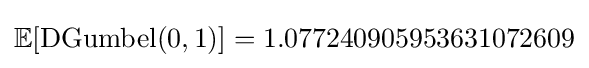
{\mathbb {E} }[\mathrm {DGumbel} (0,1)]=1.077240905953631072609